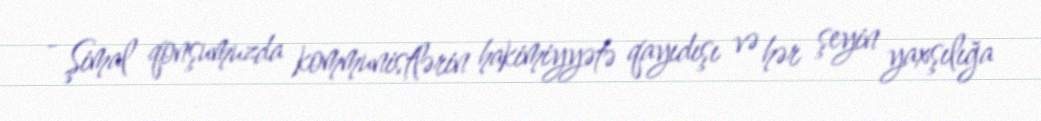
- Şimal qonşumuzda kommunistlərin hakimiyyətə qayıdışı və hər şeyin yaxşılığa